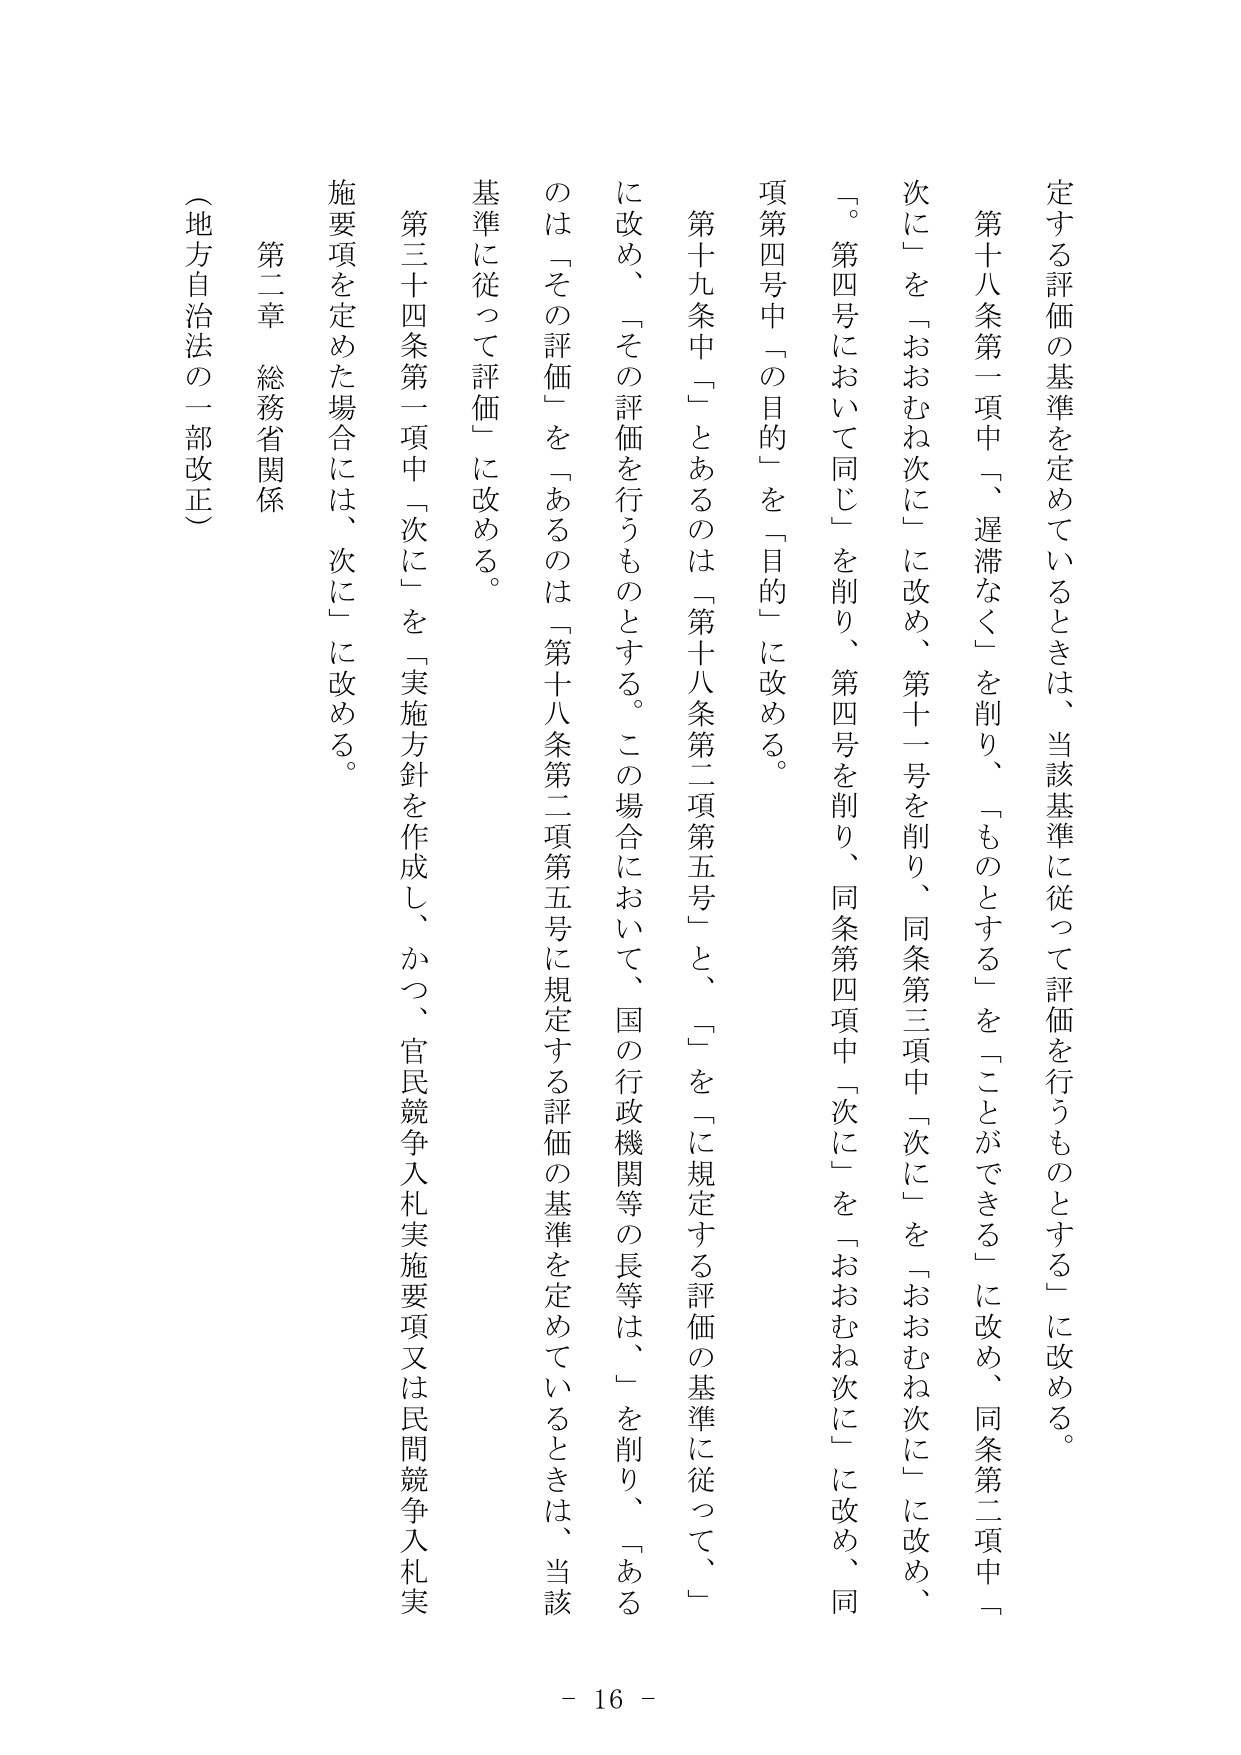
定する評価の基準を定めているときは、当該基準に従って評価を行うものとする」に改める。

第十八条第一項中「、遅滞なく」を削り、「ものとする」を「ことができる」に改め、同条第二項中「次に」を「おおむね次に」に改め、第十一号を削り、同条第三項中「次に」を「おおむね次に」に改め、「。第四号において同じ」を削り、第四号を削り、同条第四項中「次に」を「おおむね次に」に改め、同項第四号中「の目的」を「目的」に改める。

第十九条中「」とあるのは「第十八条第二項第五号」と、「」を「に規定する評価の基準に従って、」に改め、「その評価を行うものとする。この場合において、国の行政機関等の長等は、」を削り、「あるのは「その評価」を「あるのは「第十八条第二項第五号に規定する評価の基準を定めているときは、当該基準に従って評価」に改める。

第三十四条第一項中「次に」を「実施方針を作成し、かつ、官民競争入札実施要項又は民間競争入札実施要項を定めた場合には、次に」に改める。

第二章 総務省関係

（地方自治法の一部改正）

- 16 -